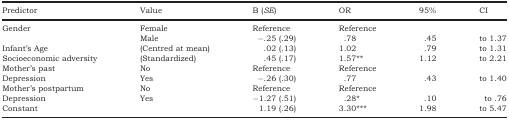
<table><thead><tr><td><b>Predictor</b></td><td><b>Value</b></td><td><b>B (<i>SE</i>)</b></td><td><b>OR</b></td><td><b>95%</b></td><td><b>CI</b></td></tr></thead><tbody><tr><td rowspan="2">Gender</td><td>Female</td><td>Reference</td><td>Reference</td><td></td><td></td></tr><tr><td>Male</td><td>−.25 (.29)</td><td>.78</td><td>.45</td><td>to 1.37</td></tr><tr><td>Infant&#x27;s Age</td><td>(Centred at mean)</td><td>.02 (.13)</td><td>1.02</td><td>.79</td><td>to 1.31</td></tr><tr><td>Socioeconomic adversity</td><td>(Standardized)</td><td>.45 (.17)</td><td>1.57**</td><td>1.12</td><td>to 2.21</td></tr><tr><td>Mother&#x27;s past</td><td>No</td><td>Reference</td><td>Reference</td><td></td><td></td></tr><tr><td>Depression</td><td>Yes</td><td>−.26 (.30)</td><td>.77</td><td>.43</td><td>to 1.40</td></tr><tr><td>Mother&#x27;s postpartum</td><td>No</td><td>Reference</td><td>Reference</td><td></td><td></td></tr><tr><td>Depression</td><td>Yes</td><td>−1.27 (.51)</td><td>.28*</td><td>.10</td><td>to .76</td></tr><tr><td>Constant</td><td></td><td>1.19 (.26)</td><td>3.30***</td><td>1.98</td><td>to 5.47</td></tr></tbody></table>